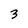
Character: 3